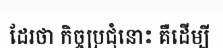
ដែរថា កិច្ចប្រជុំនោះ គឺដើម្បី